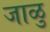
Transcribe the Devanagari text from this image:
जाळु